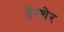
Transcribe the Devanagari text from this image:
हेम्शेर